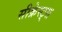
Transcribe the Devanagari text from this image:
सीक्रेस्ट्स